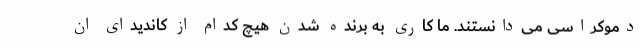
دموکراسی می‌دانستند. ما کاری به برنده شدن هیچ کدام از کاندیدای ان